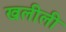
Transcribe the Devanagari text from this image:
खलीली